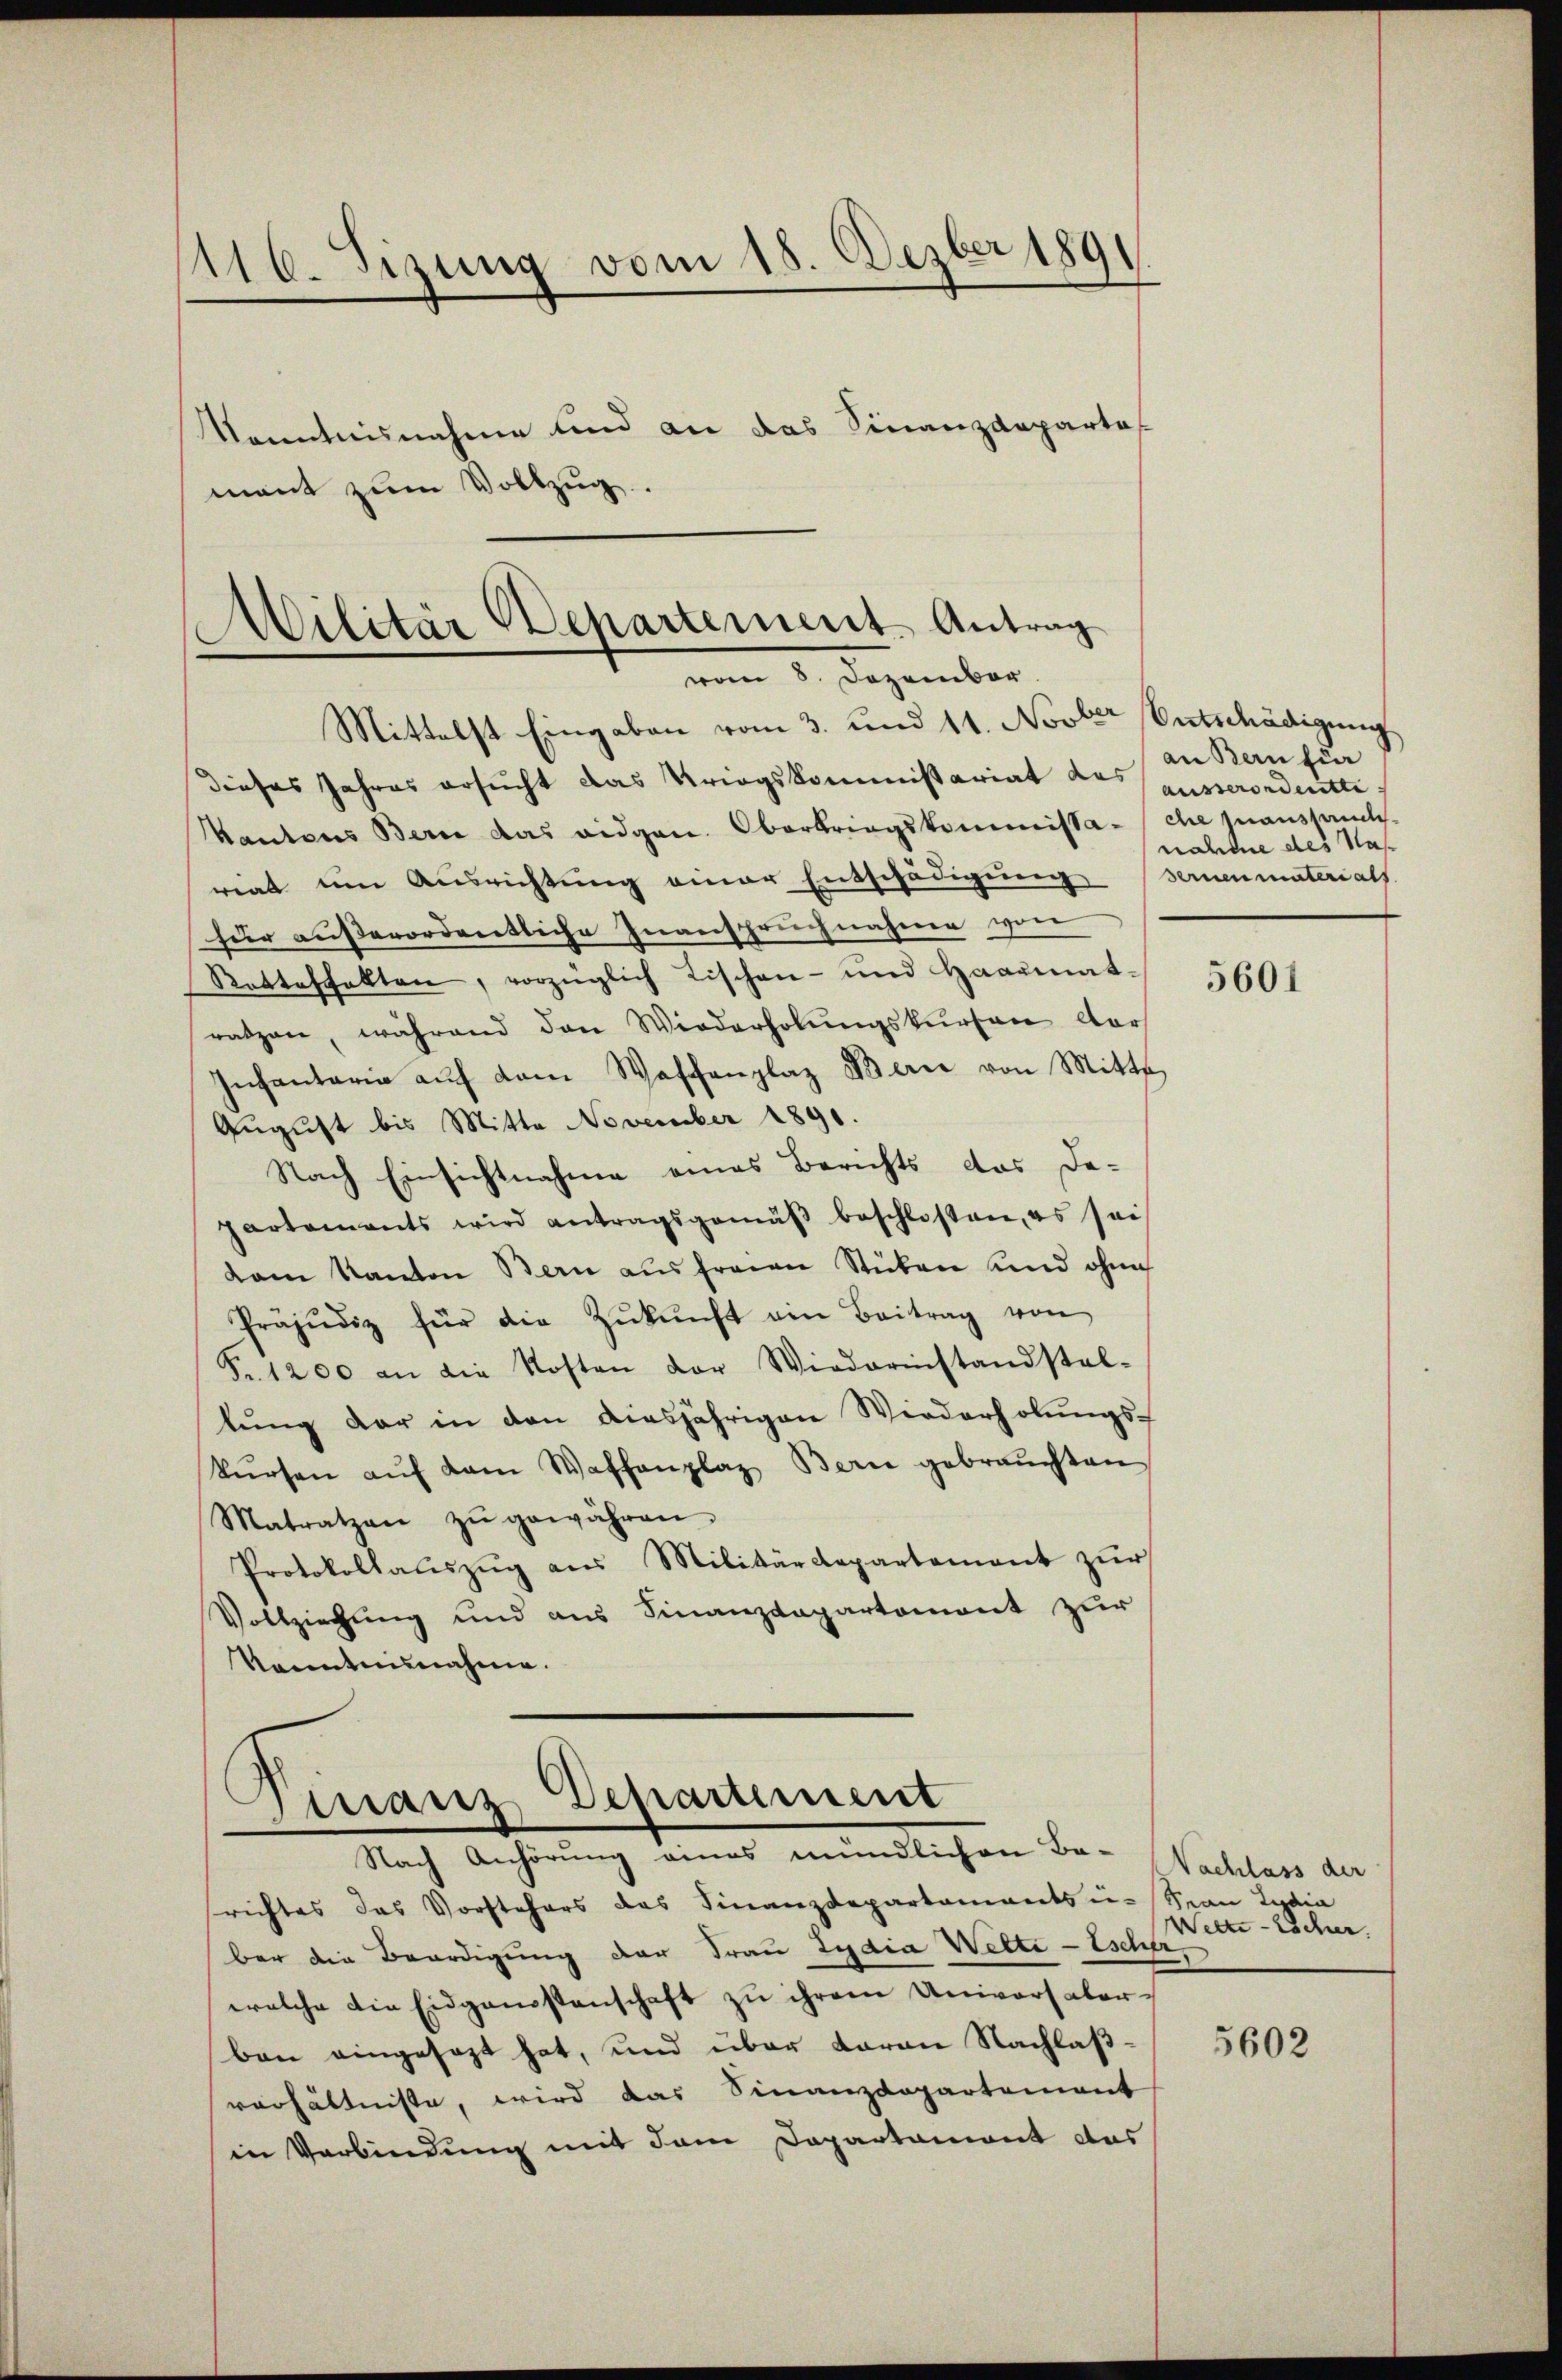
1116. Sizung vom 18. Dezber 189
Kenntnisnahme und an das Finanzdepartof
mant zum Vollzug.

Militär Departement Antrag
vom 8. Dezember.
Mittelst Eingaben vom 3. und 14. Novber Entschädigung

dieses Jahres ersucht das Kriegskommissariat des ausserordnette
Kantons Bern das eidgen. Oberbringskommissache inaussamlich-
riat um Ausrichtung einer Entschädigung Bernenmaterials
für außerordentliche Inanspruchnahmen von
Retteshalten, vorzüglich Tischen- und Haarmatratzen, während den Wiederholŭngskursen dar
Infantaria aŭf dem Waffenplaz Berie von Mitte
August bis Mitta November 1891.
Nach Einsichtnahme eines Berichts das De-
partaments wird antragsgemäβ beschlossen, es sei
dam Kanton Bern aus freien Stüben und ohne
Präjudiz für die Zŭkŭnft ein Beitrag von
Fr. 1200 an die Kosten der Wiederinstandstal-
lung der in den diesjährigen Wiederholungskŭrsen aŭf dem Waffenplaz Bern gebrauchten
Matratzen zŭ gewähren
Protokollaŭszŭg aŭs Militärdepartement zŭr
Vollziehung und aus Finanzdepartemont zur
Nenntnisnahme.

Finanz Departement
Nach Anhörung eines mündlichen Be-

richtes das Vorstehers das Finanzdepartements u. Span Lydia
ber die Beerdigung der Frau Lydia Welti-Escher,
welche die Eidgangstenschaft zu ihrem Universalerben eingesagt hat, und über daran Nachlaßverhältnisse, wird das Finanzdepartement
in Verbindung mit dem Departament das

an Bern für
nahme des Nas

5601

Nachlass der
Wette - Löcher.

5602